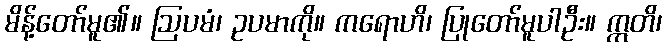
မိန့်တော်မူ၏။ ဩပမံ၊ ဥပမာကို။ ကရောဟိ၊ ပြုတော်မူပါဦး။ ဣတိ၊